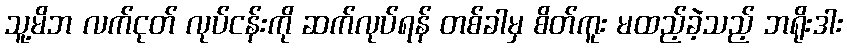
သူ့မိဘ လက်ငုတ် လုပ်ငန်းကို ဆက်လုပ်ရန် တစ်ခါမှ စိတ်ကူး မထည့်ခဲ့သည့် ဘရိုးဒါး